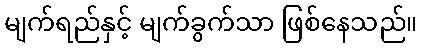
မျက်ရည်နှင့် မျက်ခွက်သာ ဖြစ်နေသည်။